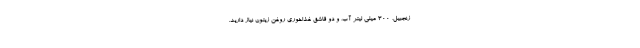
زنجبیل، 300 میلی لیتر آب، و دو قاشق غذاخوری روغن زیتون نیاز دارید.